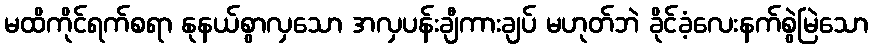
မထိကိုင်ရက်စရာ နုနယ်စွာလှသော အလှပန်းချီကားချပ် မဟုတ်ဘဲ ခိုင်ခံ့လေးနက်စွဲမြဲသော